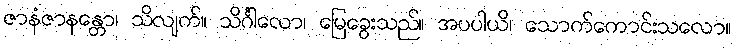
ဇာနံဇာနန္တော၊ သိလျက်။ သိင်္ဂါလော၊ မြေခွေးသည်။ အပပါယိ၊ သောက်ကောင်းသလော။